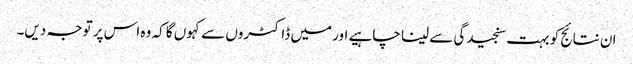
ان نتائج کو بہت سنجیدگی سے لینا چاہیے اور میں ڈاکٹروں سے کہوں گا کہ وہ اس پر توجہ دیں۔